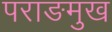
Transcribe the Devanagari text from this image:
पराङमुख